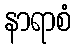
နာရာစံ